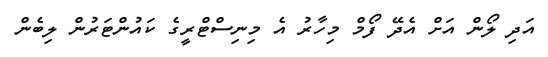
އަދި ލޯން އަށް އެދޭ ފޯމް މިހާރު އެ މިނިސްޓްރީގެ ކައުންޓަރުން ލިބެން